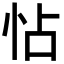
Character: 怗